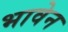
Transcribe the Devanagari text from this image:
भावेन